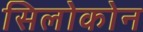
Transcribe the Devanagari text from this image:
सिलोकोन